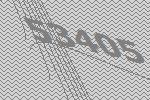
53405